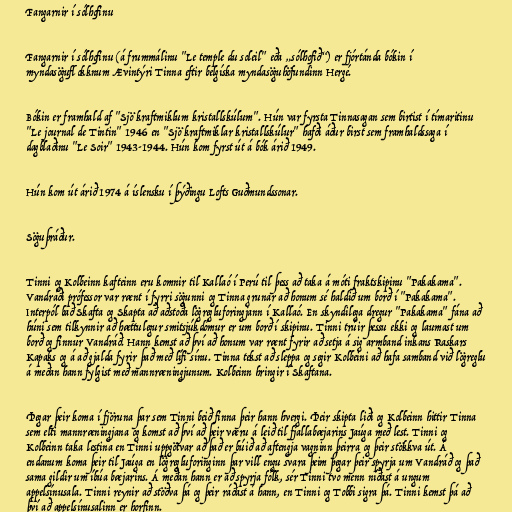
Fangarnir í sólhofinu

Fangarnir í sólhofinu (á frummálinu "Le temple du soleil" eða „sólhofið“) er fjórtánda bókin í
myndasöguflokknum Ævintýri Tinna eftir belgíska myndasöguhöfundinn Hergé.

Bókin er framhald af "Sjö kraftmiklum kristallskúlum". Hún var fyrsta Tinnasagan sem birtist í tímaritinu
"Le journal de Tintin" 1946 en "Sjö kraftmiklar kristallskúlur" hafði áður birst sem framhaldssaga í
dagblaðinu "Le Soir" 1943-1944. Hún kom fyrst út á bók árið 1949.

Hún kom út árið 1974 á íslensku í þýðingu Lofts Guðmundssonar.

Söguþráður.

Tinni og Kolbeinn kafteinn eru komnir til Kallaó í Perú til þess að taka á móti fraktskipinu "Pakakama".
Vandráði prófessor var rænt í fyrri sögunni og Tinna grunar að honum sé haldið um borð í "Pakakama".
Interpól bað Skafta og Skapta að aðstoða lögregluforingjann í Kallaó. En skyndilega dregur "Pakakama" fána að
húni sem tilkynnir að hættulegur smitsjúkdómur er um borð í skipinu. Tinni trúir þessu ekki og laumast um
borð og finnur Vandráð. Hann kemst að því að honum var rænt fyrir að setja á sig armband inkans Raskars
Kapaks og á að gjalda fyrir það með lífi sínu. Tinna tekst að sleppa og segir Kolbeini að hafa samband við lögreglu
á meðan hann fylgist með mannræningjunum. Kolbeinn hringir í Skaftana.

Þegar þeir koma í fjöruna þar sem Tinni beið finna þeir hann hvergi. Þeir skipta liði og Kolbeinn hittir Tinna
sem elti mannræningjana og komst að því að þeir væru á leið til fjallabæjarins Jaúga með lest. Tinni og
Kolbeinn taka lestina en Tinni uppgötvar að það er búið að aftengja vagninn þeirra og þeir stökkva út. Á
endanum koma þeir til Jaúga en lögregluforinginn þar vill engu svara þeim þegar þeir spyrja um Vandráð og það
sama gildir um íbúa bæjarins. Á meðan hann er að spyrja fólk, sér Tinni tvo menn níðast á ungum
appelsínusala. Tinni reynir að stöðva þá og þeir ráðast á hann, en Tinni og Tobbi sigra þá. Tinni kemst þá að
því að appelsínusalinn er horfinn.